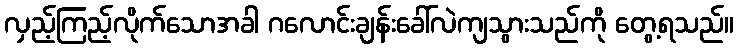
လှည့်ကြည့်လိုက်သောအခါ ဂလောင်းချန်းခေါ်လဲကျသွားသည်ကို တွေ့ရသည်။